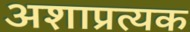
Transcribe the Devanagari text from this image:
अशाप्रत्यक